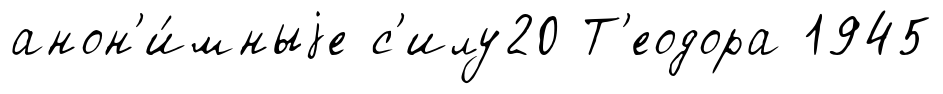
анон'и́мныjе с'илу20 Т'еодора 1945